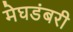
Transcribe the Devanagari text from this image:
मेघडंबरी